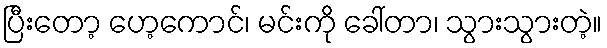
ပြီးတော့ ဟေ့ကောင်၊ မင်းကို ခေါ်တာ၊ သွားသွားတဲ့။